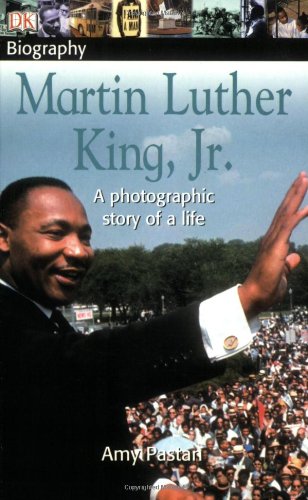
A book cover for DK Biography: Martin Luther King, Jr.; Amy Pastan; Children's Books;